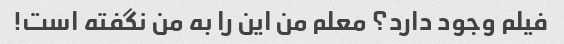
فیلم وجود دارد؟ معلم من این را به من نگفته است!